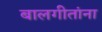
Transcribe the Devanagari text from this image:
बालगीतांना